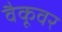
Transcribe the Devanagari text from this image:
वैकूवर